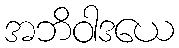
အဘိဝါဒယေ